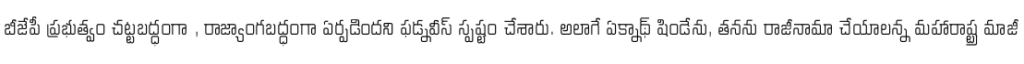
బీజేపీ ప్రభుత్వం చట్టబద్ధంగా , రాజ్యాంగబద్ధంగా ఏర్పడిందని ఫడ్నవీస్ స్పష్టం చేశారు. అలాగే ఏక్నాథ్ షిండేను, తనను రాజీనామా చేయాలన్న మహారాష్ట్ర మాజీ